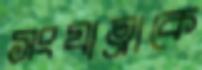
সংযাত্রাকে